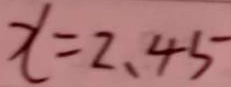
x = 2 . 4 5